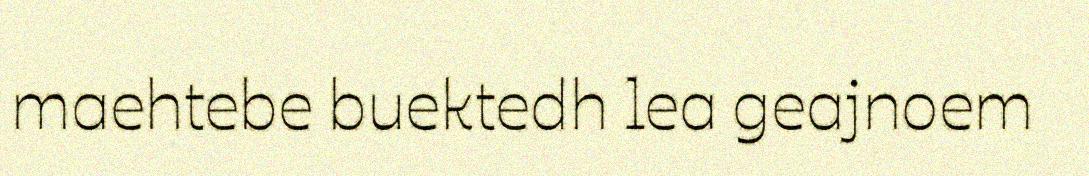
maehtebe buektedh lea geajnoem